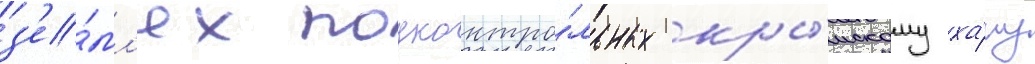
з'е́мл'ях подконтро́льных кры́мскому ха́ну